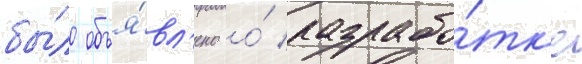
бы́ло объя́вл'ено о́ разрабо́тк'е